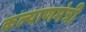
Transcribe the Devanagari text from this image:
कल्याणमंत्री